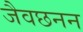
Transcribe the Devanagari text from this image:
जैवछनन